Scottish Leaving Certificate Examination, 1955
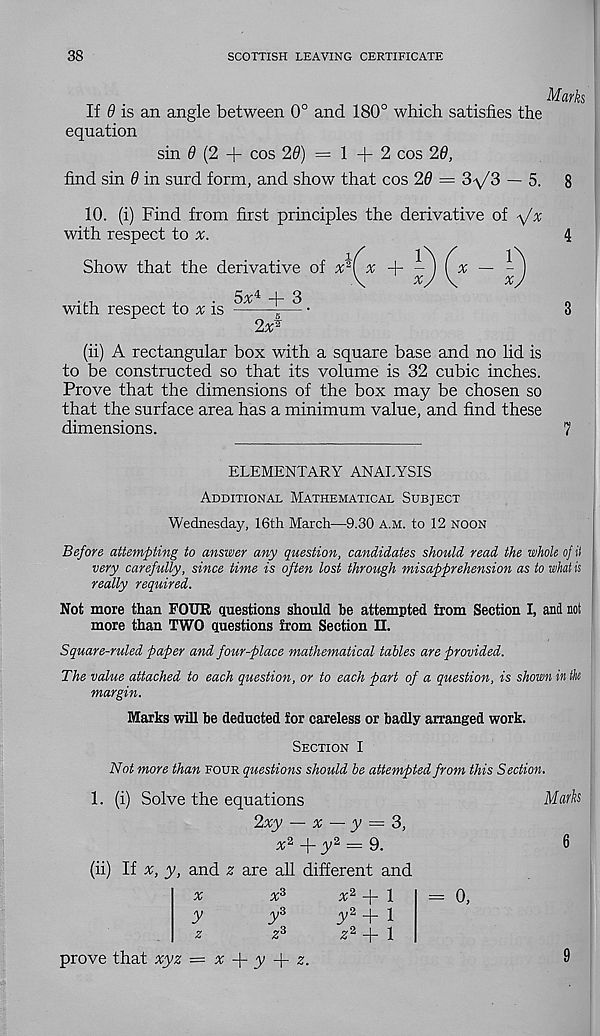
38
SCOTTISH LEAVING CERTIFICATE
Marks
If 9 is an angle between 0° and 180° which satisfies the
equation
sin 0 (2 + cos 20) = 1 + 2 cos 26,
find sin 6 in surd form, and show that cos 29 = 3-^3 — 5.
8
10. (i) Find from first principles the derivative of -\/x
with respect to x.
4
Show that the derivative of x 2
5x* + 3
* +
x
with respect to a; is
2x i
(ii) A rectangular box with a square base and no lid is
to be constructed so that its volume is 32 cubic inches.
Prove that the dimensions of the box may be chosen so
that the surface area has a minimum value, and find these
dimensions.
7
ELEMENTARY ANALYSIS
Additional Mathematical Subject
Wednesday, 16th March—9.30 A.M. to 12 noon
Before attempting to answer any question, candidates should read the whole of it
very carefully, since time is often lost through misapprehension as to what is
really required.
Not more than FOUR questions should be attempted from Section I, and not
more than TWO questions from Section II.
Square-ruled paper and four-place mathematical tables are provided.
The value attached to each question, or to each part of a question, is shown in the
margin.
Marks will be deducted for careless or badly arranged work.
Section I
Not more than four questions should be attempted from this Section.
1. (i) Solve the equations
2xy — x — y = 3,
a; 2 + y 2 = 9.
(ii) If x, y, and z are all different and
Mark
6
x
y
x°
yZ
X* + 1
y % + i
,? 2 + i
= o.
prove that xyz = x + y -f- z.
9